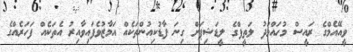
ވީއޭއެމްގެ ރައީސް މުހައްމަދު ލަތީފްގެ ލީޑަޝިޕަށް ގިނަ ފާޑުކިއުންތަކެއް އަމާޒުވެފައިވާއިރު އެތަކެއް ފަހަރެއްގެ